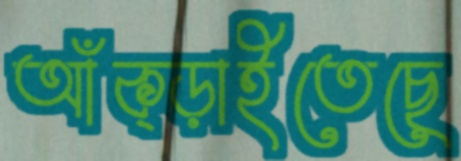
আঁক্‌ড়াইতেছে